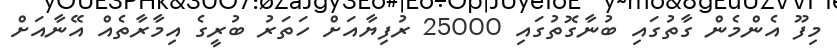
މިފޫ އެންމެން ގާތުގައި ބުނާގޮތުގައި 25000 ރުފިޔާއަށް ހަތަރު ބުރީގެ އިމާރާތެއް އޭނާއަށް